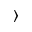
\rangle